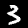
Label: 3